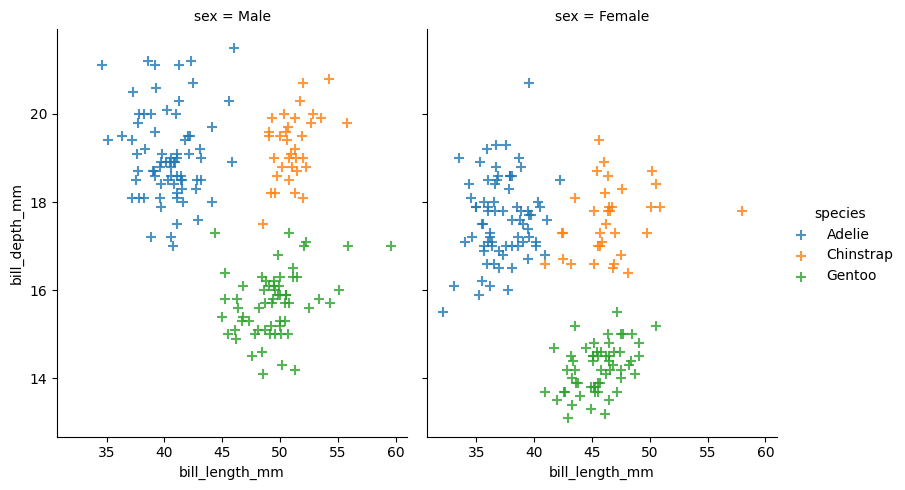
python, seaborn, lmplot, aspect=0.8, order=1, markers='+'